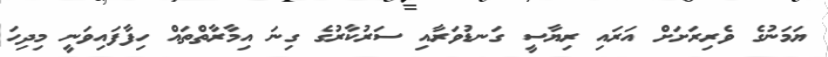
ޔަމަނުގެ ވެރިރަށަށް އަރައި ރިޔާސީ ގަނޑުވަރާއި ސަރުކާރުގެ ގިނަ އިމާރާތްތައް ހިފާފައިވަނީ މިދިހަ